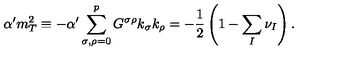
\alpha ^ { \prime } m _ { T } ^ { 2 } \equiv - \alpha ^ { \prime } \sum _ { \sigma , \rho = 0 } ^ { p } G ^ { \sigma \rho } k _ { \sigma } k _ { \rho } = - \frac { 1 } { 2 } \left( 1 - \sum _ { I } \nu _ { I } \right) .